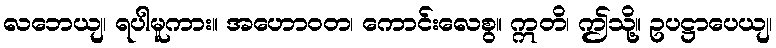
လဘေယျ၊ ရပါမူကား။ အဟောဝတ၊ ကောင်းလေစွ။ ဣတိ၊ ဤသို့။ ဥပဋ္ဌာပေယျ၊